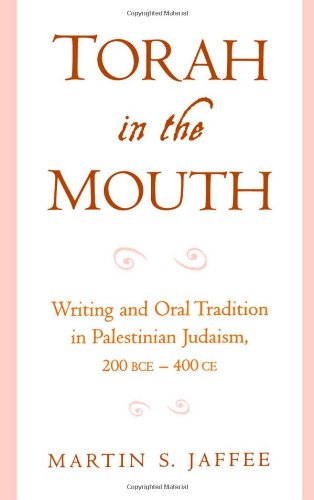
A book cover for Torah in the Mouth: Writing and Oral Tradition in Palestinian Judaism 200 BCE-400 CE; Martin S. Jaffee; Religion & Spirituality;